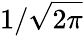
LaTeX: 1/{\sqrt{2\pi}}